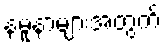
နမူနာများအတွက်